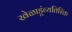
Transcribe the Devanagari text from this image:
खेळाडूंव्यतिरिक्त